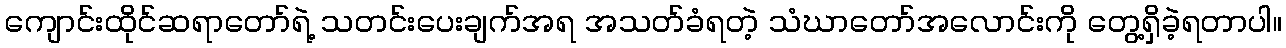
ကျောင်းထိုင်ဆရာတော်ရဲ့ သတင်းပေးချက်အရ အသတ်ခံရတဲ့ သံဃာတော်အလောင်းကို တွေ့ရှိခဲ့ရတာပါ။